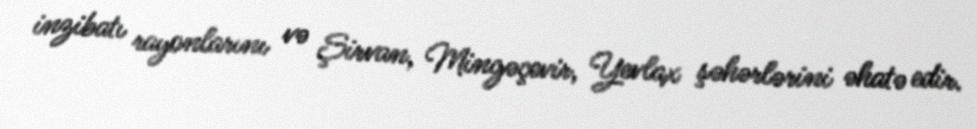
inzibatı rayonlarını və Şirvan, Mingəçevir, Yevlax şəhərlərini əhatə edir.